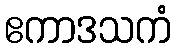
ဧကာဒသကံ